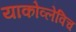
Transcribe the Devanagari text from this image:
याकोव्लेविच